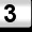
Digit: 3